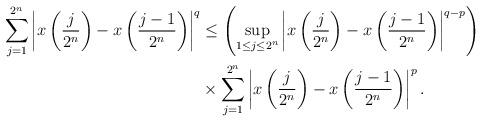
LaTeX: \begin{align*}\sum_{j=1}^{2^{n}}\left|x\left(\dfrac{j}{2^{n}}\right)-x\left(\dfrac{j-1}{2^{n}}\right)\right|^{q} & \leq\left(\sup_{1\leq j\leq2^{n}}\left|x\left(\dfrac{j}{2^{n}}\right)-x\left(\dfrac{j-1}{2^{n}}\right)\right|^{q-p}\right)\\ & \times\sum_{j=1}^{2^{n}}\left|x\left(\dfrac{j}{2^{n}}\right)-x\left(\dfrac{j-1}{2^{n}}\right)\right|^{p}. \end{align*}